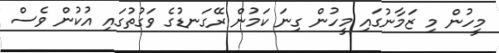
މީހުން މި ޒަމާނުގައި މީހުން ގިނަ ކަމުން ރޭގަނޑުގެ ވަގުތުގައި އުކުން ވެސް